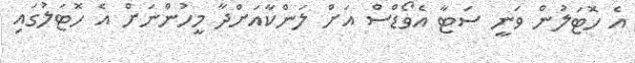
އެ ހޮޓަލުން ވަނީ ސަޓާ އެވޯޑްސް އަށް ލަންކާއަށްދާ މީހުންނަށް އެ ހޮޓަލުގައި